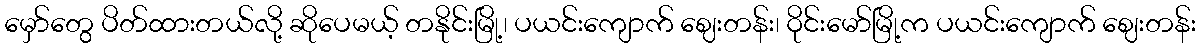
မှော်တွေ ပိတ်ထားတယ်လို့ ဆိုပေမယ့် တနိုင်းမြို့၊ ပယင်းကျောက် ဈေးတန်း၊ ဝိုင်းမော်မြို့က ပယင်းကျောက် ဈေးတန်း